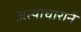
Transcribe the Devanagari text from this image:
अत्याचाराने